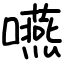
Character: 嚥